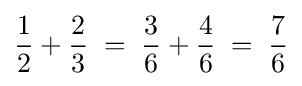
{\frac {1}{2}}+{\frac {2}{3}}\;=\;{\frac {3}{6}}+{\frac {4}{6}}\;=\;{\frac {7}{6}}